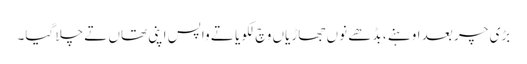
بڑی چر بعد اوہنے ، بڈھے نوں جھاڑیاں وچ لکویا تے واپس اپنی تھاں تے چلا گیا۔